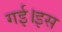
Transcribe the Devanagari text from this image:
गई।इस